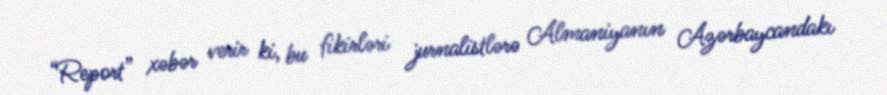
“Report” xəbər verir ki, bu fikirləri jurnalistlərə Almaniyanın Azərbaycandakı